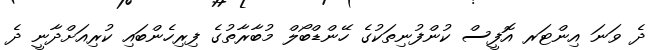
ދެ ވަނަ އިންޓަރ އޮފީސް ކުންފުނިތަކުގެ ހޭންޑްބޯލް މުބާރާތުގެ ފިރިހެންބައި ކުރިއަށްދާނީ ދެ